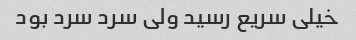
خیلی سریع رسید ولی سرد سرد بود